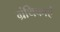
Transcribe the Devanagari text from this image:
ग्रंथिकाएं